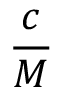
\frac { c } { M }